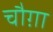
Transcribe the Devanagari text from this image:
चौग़ा